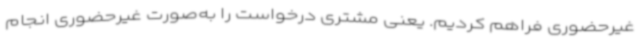
غیرحضوری فراهم کردیم. یعنی مشتری درخواست را به‌صورت غیرحضوری انجام